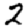
Digit: 2